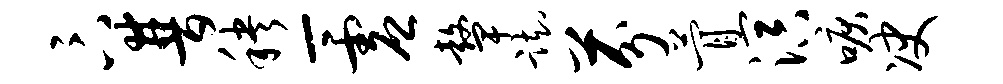
卞普秧-虚鼙踟芬瞢溟唳决